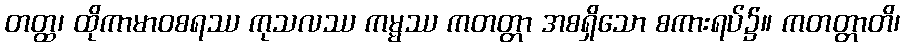
တတ္ထ၊ ထိုကာမာဝစရဿ ကုသလဿ ကမ္မဿ ကတတ္တာ အစရှိသော စကားရပ်၌။ ကတတ္တာတိ၊